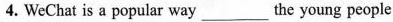
4.WeChat is a popular way___the young people